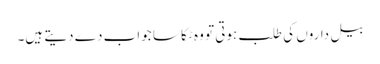
بیل داروں کی طلب ہوتی تو وہ ٹکا سا جواب دے دیتے ہیں۔